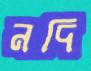
নদি